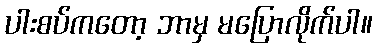
ပါးစပ်ကတော့ ဘာမှ မပြောလိုက်ပါ။